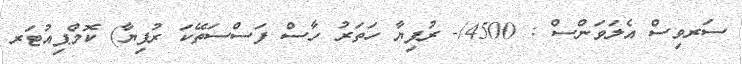
ސަރވިސް އެލަވަންސް : 4500/- ރުފިޔާ ހަތަރު ހާސް ފަސްސަތޭކަ ރުފިޔާ) ކޮމްޕިއުޓަރ